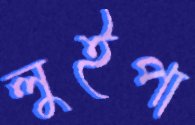
লুইপা